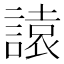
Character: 𧫁